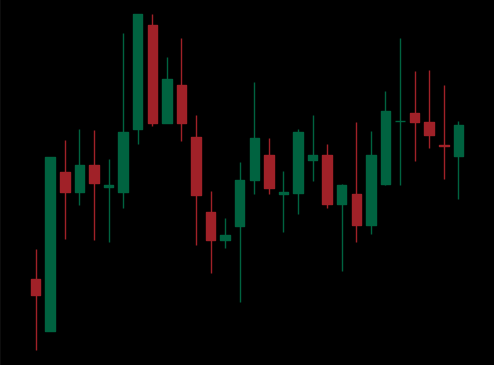
Pattern: unclassified